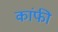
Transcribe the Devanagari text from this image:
कांफी